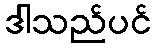
ဒါသည်ပင်